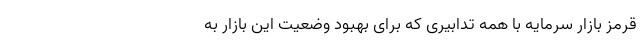
قرمز بازار سرمایه با همه تدابیری که برای بهبود وضعیت این بازار به